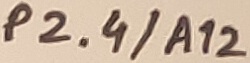
Text: P2.4/A12